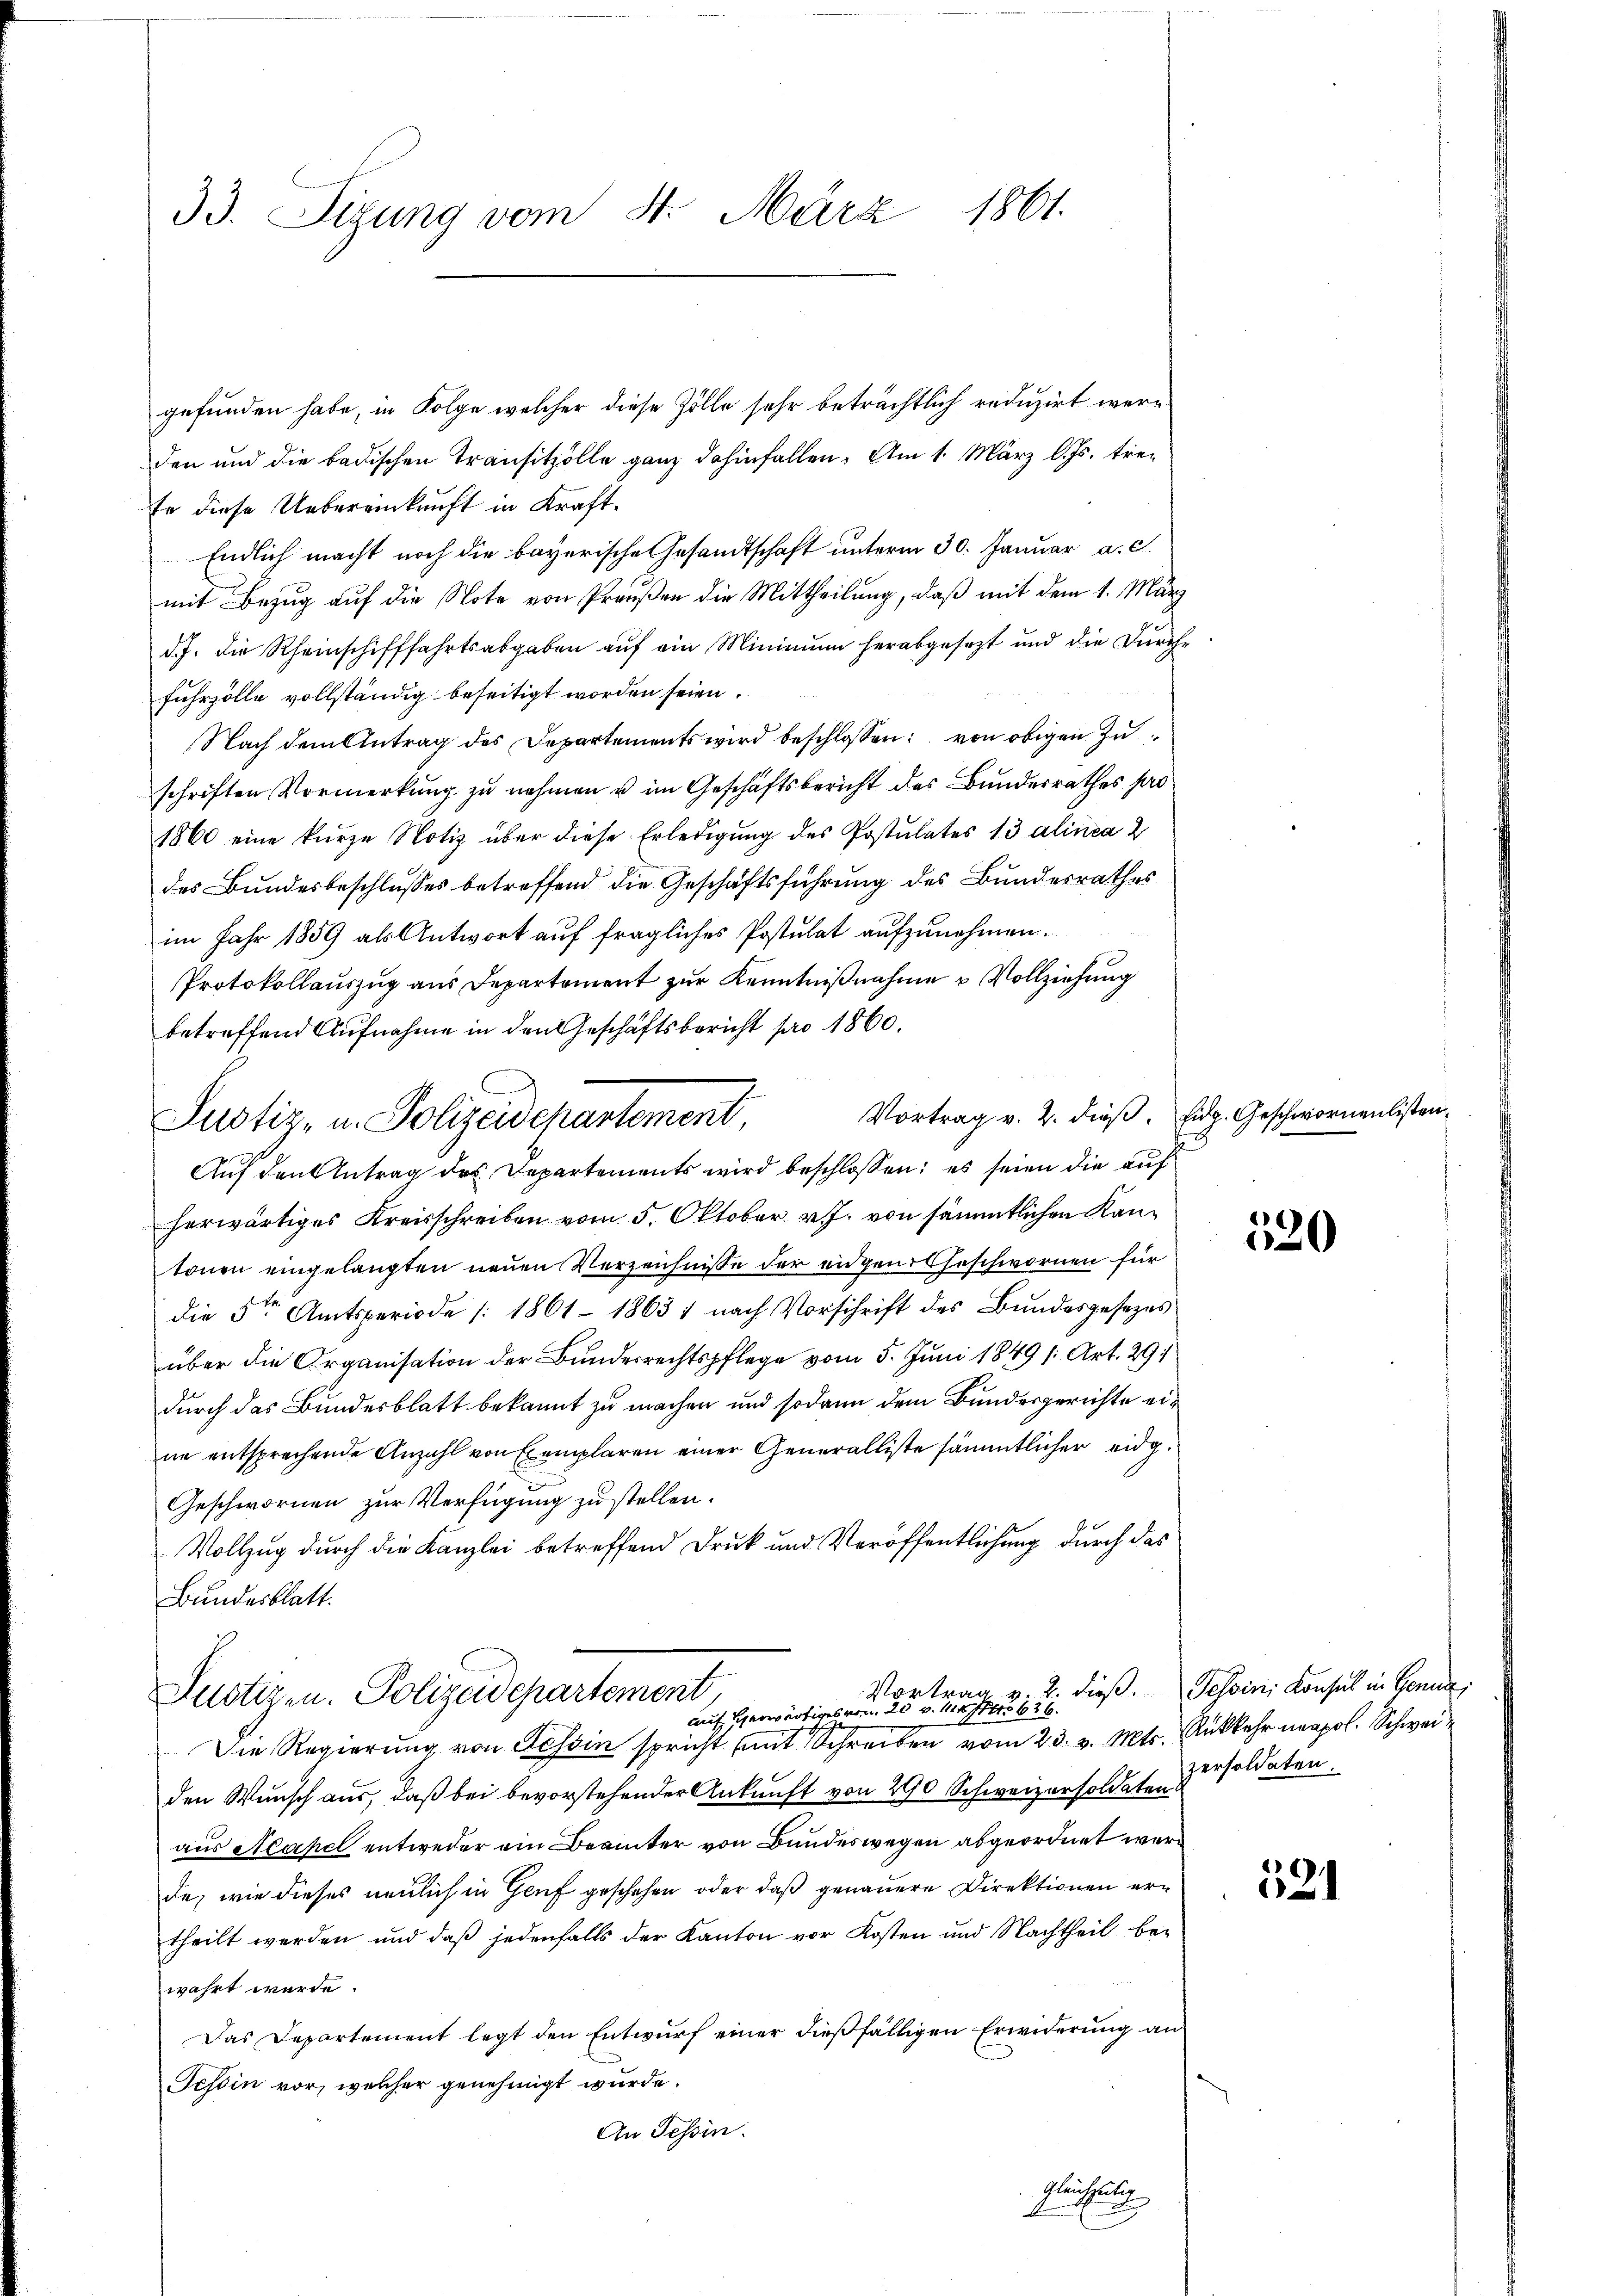
33. Sizung vom 4. März 1861.

gefunden habe, in Folge welcher diese Zölle sehr beträchtlich reduzirt werden und die badischen Transitzölle ganz dahinfallen. Am 1. März l. Js. tre¬
Er diese Uebereinkunft in Kraft¬
Endlich macht noch die bayerische Gesandtschaft unterm 30. Januar a. c.
mit Bezug auf die Note von Preußen die Mittheilung, daß mit dem 1. März
d.J. die Rheinschifffahrtsabgaben auf ein Mininium herabgesezt und die Durche
fuhrzölle vollständig beseitigt worden seien.
Nach dem Antrag des Departements wird beschlossen: von obigen Zuschriften Vormerkung zu nehmen u im Geschäftsbericht des Bunderrathes hat
1860 eine kurze Notiz über diese Erledigung des Postulates 13 alinea 2
des Bundesbeschlusses betreffend die Geschäftsführung des Bundesrathes
im Jahr 1859 als Antwort auf fragliches Postulat aufzunehmen.
Protokollauszug aus Departement zur Kenntnißnahme & Vollziehung
betreffend Aufnahme in den Geschäftsbericht pro 1860.
Vortrag v. 2. dieß. Eidg. Geschwornenlisten
Justiz, u. Polizeidenartement,
s
Auf den Antrag des Departements wird beschlossen: es seien die auf
herwärtiges Kreisschreiben vom 5. Oktober v. J. von sämmtlichen Kantonen eingelangten neuen Verzeichnisse der eidgen. Geschwornen für
die 5ten Amtsperiode [1861 - 1863 1 nach Vorschrift des Bundesgesezes
über die Organisation der Bundesrechtspflege vom 5. Juni 1849 /: Art. 291.
durch das Bundesblatt bekannt zu machen und sodann dem Bundesgerichte eine entsprechende Anzahl von Exemplaren einer Generalliste sämmtlicher eidg.
Geschwornen zur Verfügung zu stellen.
Vollzug durch die Kanzlei betreffend Druk und Veröffentlichung durch das
Bundesblatt.

Justizen. Polizeidepartement
auf herwärtiges von 20 v. Mts.
Die Regierung von Tessin spricht mit Schreiben vom 23. v. Mts. Auskehr neapol. Schwei

Vortrag v. 2. dieß. Tessin Konsul in Genua,

den Wunsch aus, daß bei bevorstehender Ankunft von 290 Schweizersoldaten
aus Neapel entweder ein Beamter von Bundeswegen abgeordnet werd
de, wie dieses neulich in Genf geschehen, oder daß genauere Direktionen ertheilt werden und daß jedenfalls der Kanton vor Kosten und Nachtheil bewahrt wurde.
Das Departement legt den Entwurf einer dießfälligen Erwiderung an
Tessin vor, welcher genehmigt wurde.
An Tessin.
gleichseitig

520

persoldaten.

521